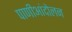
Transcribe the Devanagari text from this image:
पाणीआंदोलन